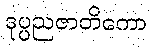
ဒုပ္ပညဇာတိကော